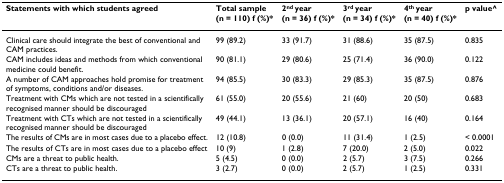
<table><thead><tr><td><b>Statements with which students agreed</b></td><td><b>Total sample (n = 110) f (%)*</b></td><td><b>2<sup>nd </sup>year (n = 36) f (%)*</b></td><td><b>3<sup>rd </sup>year (n = 34) f (%)*</b></td><td><b>4<sup>th </sup>year (n = 40) f (%)*</b></td><td><b>p value^</b></td></tr></thead><tbody><tr><td>Clinical care should integrate the best of conventional and CAM practices.</td><td>99 (89.2)</td><td>33 (91.7)</td><td>31 (88.6)</td><td>35 (87.5)</td><td>0.835</td></tr><tr><td>CAM includes ideas and methods from which conventional medicine could benefit.</td><td>90 (81.1)</td><td>29 (80.6)</td><td>25 (71.4)</td><td>36 (90.0)</td><td>0.122</td></tr><tr><td>A number of CAM approaches hold promise for treatment of symptoms, conditions and/or diseases.</td><td>94 (85.5)</td><td>30 (83.3)</td><td>29 (85.3)</td><td>35 (87.5)</td><td>0.876</td></tr><tr><td>Treatment with CMs which are not tested in a scientifically recognised manner should be discouraged</td><td>61 (55.0)</td><td>20 (55.6)</td><td>21 (60)</td><td>20 (50)</td><td>0.683</td></tr><tr><td>Treatment with CTs which are not tested in a scientifically recognised manner should be discouraged</td><td>49 (44.1)</td><td>13 (36.1)</td><td>20 (57.1)</td><td>16 (40)</td><td>0.164</td></tr><tr><td>The results of CMs are in most cases due to a placebo effect.</td><td>12 (10.8)</td><td>0 (0.0)</td><td>11 (31.4)</td><td>1 (2.5)</td><td>&lt; 0.0001</td></tr><tr><td>The results of CTs are in most cases due to a placebo effect</td><td>10 (9)</td><td>1 (2.8)</td><td>7 (20.0)</td><td>2 (5.0)</td><td>0.022</td></tr><tr><td>CMs are a threat to public health.</td><td>5 (4.5)</td><td>0 (0.0)</td><td>2 (5.7)</td><td>3 (7.5)</td><td>0.266</td></tr><tr><td>CTs are a threat to public health.</td><td>3 (2.7)</td><td>0 (0.0)</td><td>2 (5.7)</td><td>1 (2.5)</td><td>0.331</td></tr></tbody></table>